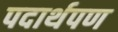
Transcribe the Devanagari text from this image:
पदार्थपण